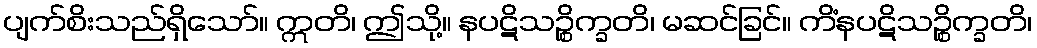
ပျက်စိးသည်ရှိသော်။ ဣတိ၊ ဤသို့။ နပဋိသဉ္စိက္ခတိ၊ မဆင်ခြင်။ ကိံနပဋိသဉ္စိက္ခတိ၊